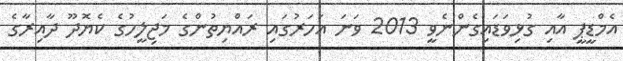
އެމްޑީޕީ އާއި ގުޅިވަޑައިގެންނެވީ 2013 ވަނަ އަހަރުގައި ރައްޔިތުންގެ މަޖިލީހުގެ ކެޔޮދޫ ދާއިރާގެ